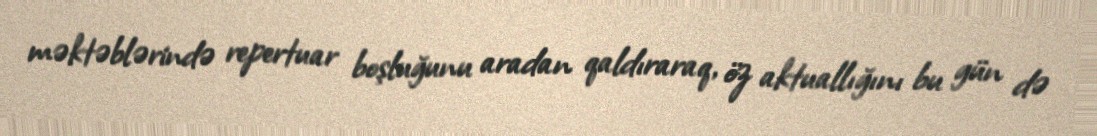
məktəblərində repertuar boşluğunu aradan qaldıraraq, öz aktuallığını bu gün də